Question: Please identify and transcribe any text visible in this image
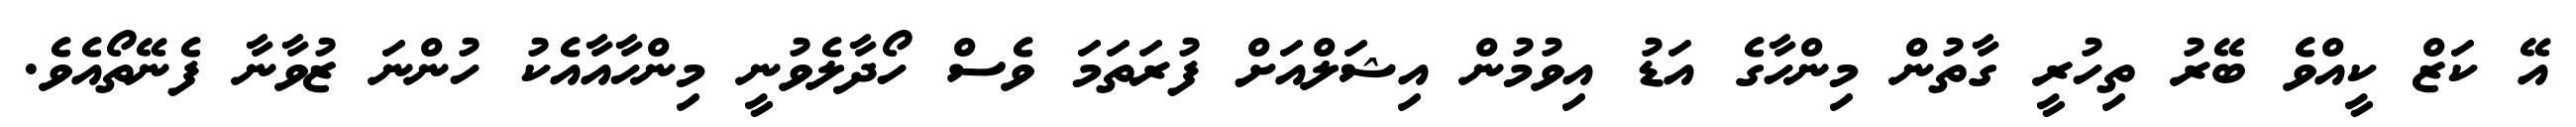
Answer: އޭ ކަޒް ކީއްވެ ބޭރު ތިހުރީ ގާތުން މިންހާގެ އަޑު އިވުމުން އިޝަލްއަށް ފުރަތަމަ ވެސް ހޯދާލެވުނީ މިންހާއާއެކު ހުންނަ ޒުވާނާ ފެނޭތޯއެވެ.